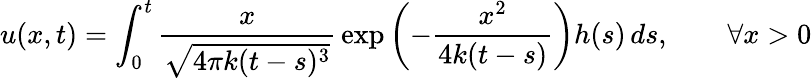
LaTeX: u(x,t)=\int_{0}^{t}{\frac{x}{\sqrt{4\pi k(t-s)^{3}}}}\exp\left(-{\frac{x^{2}}{4k(t-s)}}\right)h(s)\, ds,\qquad\forall x>0